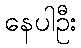
နေပါဦး